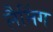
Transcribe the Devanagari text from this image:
लैमिंग